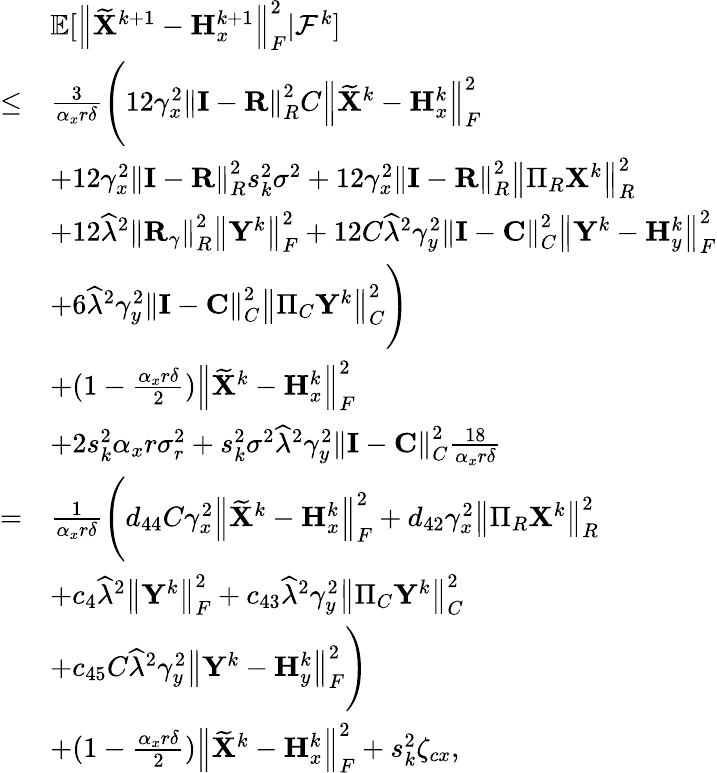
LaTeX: \begin{array}{rl}&{{\mathbb{E}}[\left\| \widetilde{{\mathbf{X}}}^{k+1}-{\mathbf{H}}_{x}^{k+1}\right\| _{F}^{2}\vert{\mathcal{F}}^{k}]}\\ {\leq}&{\frac{3}{\alpha_{x}r\delta}\Bigg(12\gamma_{x}^{2}\left\| {\mathbf{I}}-{\mathbf{R}}\right\| _{R}^{2}C\left\| \widetilde{{\mathbf{X}}}^{k}-{\mathbf{H}}_{x}^{k}\right\| _{F}^{2}}\\ &{+12\gamma_{x}^{2}\left\| {\mathbf{I}}-{\mathbf{R}}\right\| _{R}^{2}s_{k}^{2}\sigma^{2}+12\gamma_{x}^{2}\left\| {\mathbf{I}}-{\mathbf{R}}\right\| _{R}^{2}\left\| \Pi_{R}{\mathbf{X}}^{k}\right\| _{R}^{2}}\\ &{+12\widehat{\lambda}^{2}\left\| {\mathbf{R}}_{\gamma}\right\| _{R}^{2}\left\| {\mathbf{Y}}^{k}\right\| _{F}^{2}+12C\widehat{\lambda}^{2}\gamma_{y}^{2}\left\| {\mathbf{I}}-{\mathbf{C}}\right\| _{C}^{2}\left\| {\mathbf{Y}}^{k}-{\mathbf{H}}_{y}^{k}\right\| _{F}^{2}}\\ &{+6\widehat{\lambda}^{2}\gamma_{y}^{2}\left\| {\mathbf{I}}-{\mathbf{C}}\right\| _{C}^{2}\left\| \Pi_{C}{\mathbf{Y}}^{k}\right\| _{C}^{2}\Bigg)}\\ &{+(1-\frac{\alpha_{x}r\delta}{2})\left\| \widetilde{{\mathbf{X}}}^{k}-{\mathbf{H}}_{x}^{k}\right\| _{F}^{2}}\\ &{+2s_{k}^{2}\alpha_{x}r\sigma_{r}^{2}+s_{k}^{2}\sigma^{2}\widehat{\lambda}^{2}\gamma_{y}^{2}\left\| {\mathbf{I}}-{\mathbf{C}}\right\| _{C}^{2}\frac{18}{\alpha_{x}r\delta}}\\ {=}&{\frac{1}{\alpha_{x}r\delta}\Bigg(d_{44}C\gamma_{x}^{2}\left\| \widetilde{{\mathbf{X}}}^{k}-{\mathbf{H}}_{x}^{k}\right\| _{F}^{2}+d_{42}\gamma_{x}^{2}\left\| \Pi_{R}{\mathbf{X}}^{k}\right\| _{R}^{2}}\\ &{+c_{4}\widehat{\lambda}^{2}\left\| {\mathbf{Y}}^{k}\right\| _{F}^{2}+c_{43}\widehat{\lambda}^{2}\gamma_{y}^{2}\left\| \Pi_{C}{\mathbf{Y}}^{k}\right\| _{C}^{2}}\\ &{+c_{45}C\widehat{\lambda}^{2}\gamma_{y}^{2}\left\| {\mathbf{Y}}^{k}-{\mathbf{H}}_{y}^{k}\right\| _{F}^{2}\Bigg)}\\ &{+(1-\frac{\alpha_{x}r\delta}{2})\left\| \widetilde{{\mathbf{X}}}^{k}-{\mathbf{H}}_{x}^{k}\right\| _{F}^{2}+s_{k}^{2}\zeta_{cx},}\end{array}